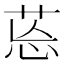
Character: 𦯌